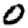
Digit: 0